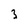
Character: 3